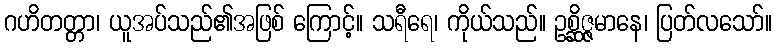
ဂဟိတတ္တာ၊ ယူအပ်သည်၏အဖြစ် ကြောင့်။ သရီရေ၊ ကိုယ်သည်။ ဥစ္ဆိဇ္ဇမာနေ၊ ပြတ်လသော်။